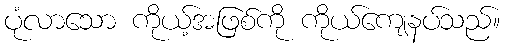
ပုံလာသော ကိုယ့်အဖြစ်ကို ကိုယ်ကျေနပ်သည်။